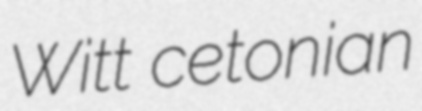
Witt cetonian